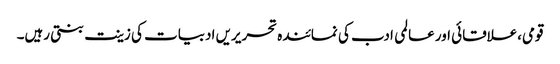
قومی،علاقائی اور عالمی ادب کی نمائندہ تحریریں ادبیات کی زینت بنتی رہیں۔